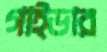
গাইডার